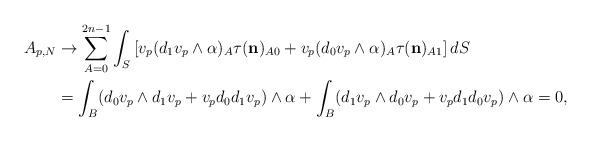
LaTeX: \begin{align*} A_{p,N}&\rightarrow \sum_{A=0}^{2n-1} \int_S \left[v_p(d_1v_{p }\wedge\alpha)_A \tau( \mathbf{{n}})_{A0}+v_{p } (d_0 v_p\wedge\alpha)_A \tau( \mathbf{{n}})_{A1}\right]dS \\&= \int_B (d_0 v_p \wedge d_1v_{p }+ v_p d_0 d_1v_{p }) \wedge\alpha+\int_B ( d_1v_{p }\wedge d_0 v_p+ v_p d_1 d_0v_{p })\wedge\alpha=0, \end{align*}